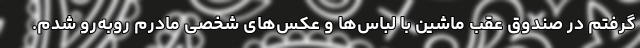
گرفتم در صندوق عقب ماشین با لباس‌ها و عکس‌های شخصی مادرم روبه‌رو شدم.